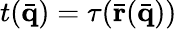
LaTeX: t(\bar{\mathbf q})=\tau(\bar{\mathbf r}(\bar{\mathbf q}))